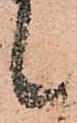
候